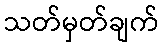
သတ်မှတ်ချက်